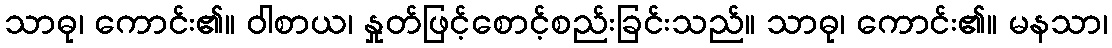
သာဓု၊ ကောင်း၏။ ဝါစာယ၊ နှုတ်ဖြင့်စောင့်စည်းခြင်းသည်။ သာဓု၊ ကောင်း၏။ မနသာ၊